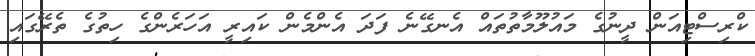
ކްރިސްޓިއަން ދީނުގެ މައުލޫމާތުތައް އެނގޭނެ ފަދަ އެންމެން ކައިރީ އަހަރެންގެ ހިތުގެ ތެރޭގައި